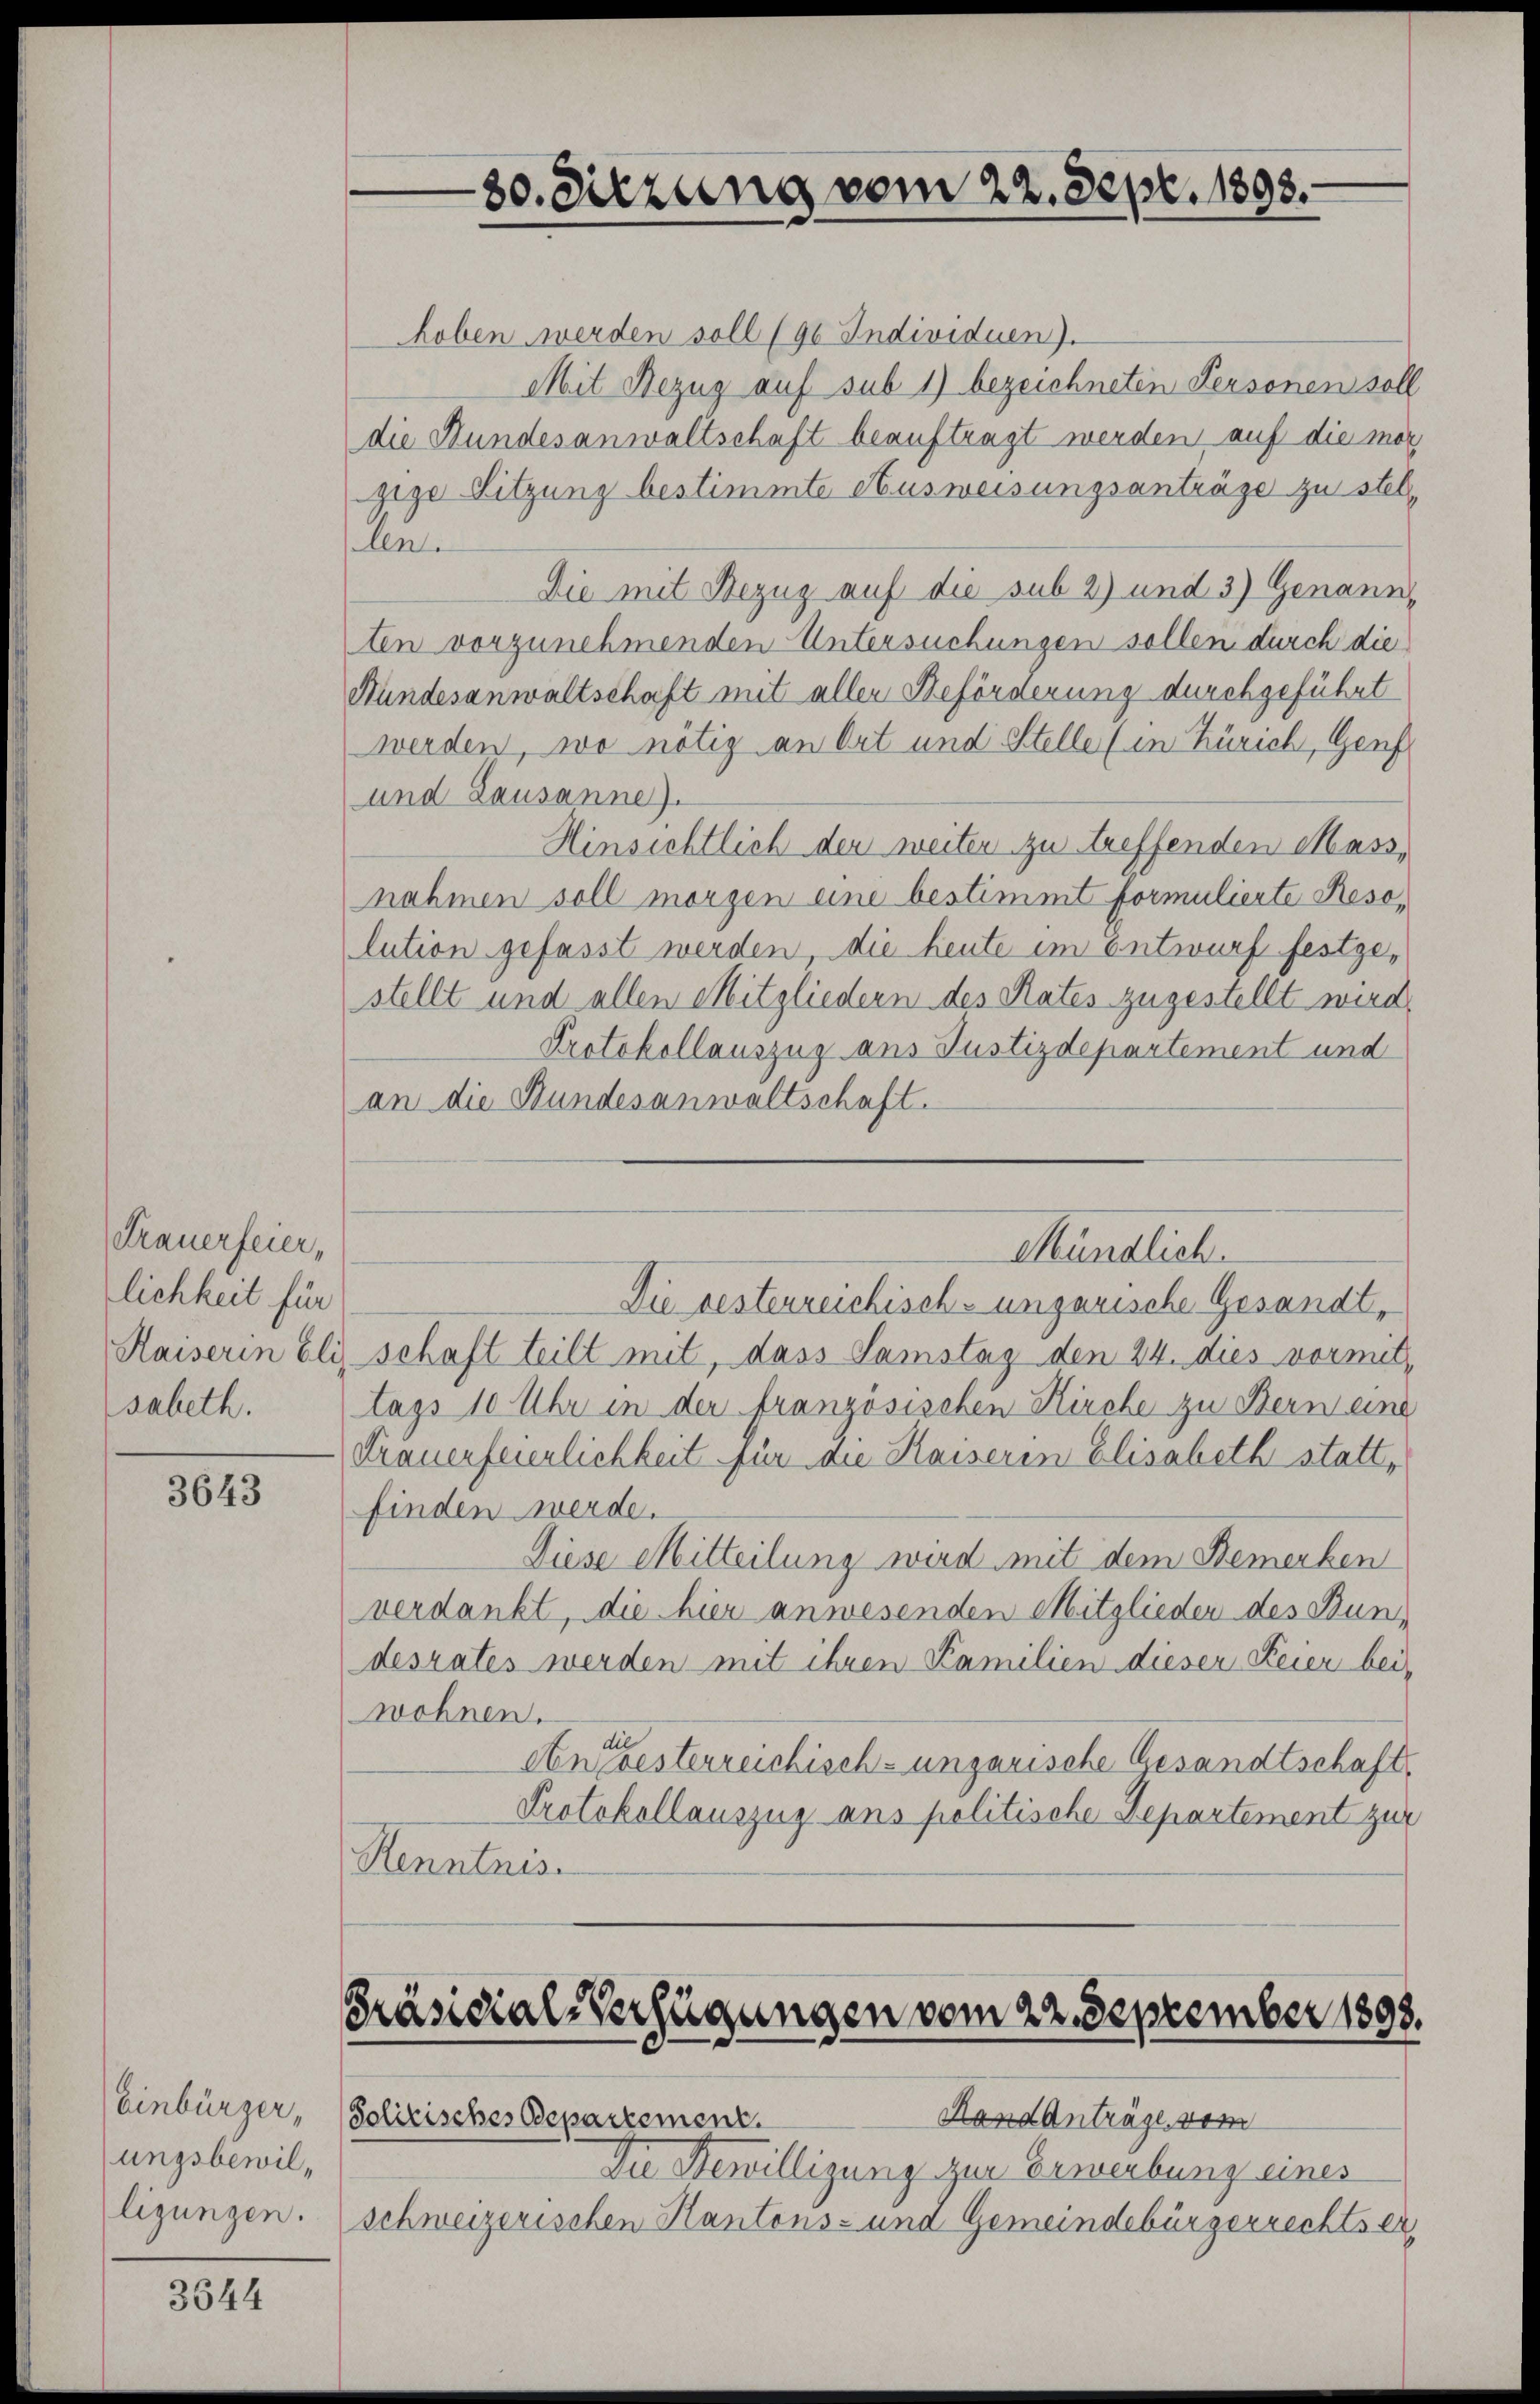
Frauerfeier,
lichkeit für
Kaiserin bli
sabeth.

3643

ungsbewil¬

3644

hoben werden soll (90 Individuen).
Mit Bezug auf sub 1) bezeichneten Personen soll
die Hundesanwaltschaft beauftragt werden auf die mor
gige Sitzung bestimmte Ausweisungsanträge zu stel
len.
Die mit Bezug auf die sub 2) und 3) Genann-
ten vorzunehmenden Untersuchungen sollen durch die
Hundesanwaltschaft mit aller Beförderung durchgeführt
werden, wo nötig an Ort und Stelle (in Zürich, Genf
und Lausanne).
Hinsichtlich der weiter zu treffenden Mass,
nahmen soll morgen eine bestimmt formulierte Resolution gefasst werden, die heute im Entwurf festgestellt und allen Mitgliedern des Rates zugestellt wird.
Protokollauszug aus Justizdepartement und
an die Hundesanwaltschaft.

schaft teilt mit, dass Samstag den 24. dies vormittags 10 Uhr in der französischen Kirche zu Bern eine
Frauenfeierlichkeit für die Kaiserin Elisabeth statt,
finden werde.
Diese Mitteilung wird mit dem Bemerken
verdankt, die hier anwesenden Mitglieden des Bundesrates werden mit ihren Familien dieser Feier bei,
wohnen.
An gesterreichisch-ungarische Gesandtschaft,
Protokollauszug aus politische Departement zur
Kenntnis.

30. Sitzung vom 22. Sept. 1893.

Präsidial-Verfügungen vom 22. September 1893.

Einbürger, Politisches Departement.
Die Bewilligung zur Erwerbung eines
ligungen. (schweizerischen Kantons- und Gemeindebürgerrechtser

Mündlich.
Die besterreichisch-ungarische Gesandt,

Randanträge vom